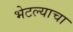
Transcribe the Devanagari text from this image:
भेटल्याचा